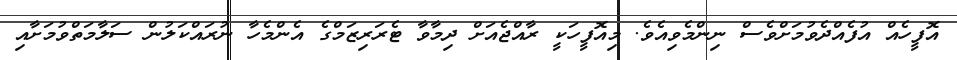
އޮފީހެއް އުފެއްދެވުމަށްވެސް ނިންމެވިއެވެ. މިއޮފީހަކީ ރާއްޖެއަށް ދިމާވާ ޓެރަރިޒަމްގެ އެންމެހާ ނުރައްކަލުން ސަލާމަތްވުމަށާއި